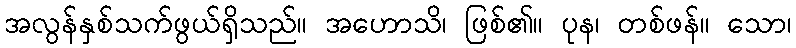
အလွန်နှစ်သက်ဖွယ်ရှိသည်။ အဟောသိ၊ ဖြစ်၏။ ပုန၊ တစ်ဖန်။ သော၊